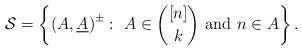
LaTeX: \begin{align*}\mathcal{S} = \left\{ \left(A,\underline{A}\right)^\pm :\ A\in \binom{[n]}{k} \mbox{ and } n\in A \right\}.\end{align*}